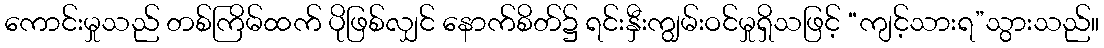
ကောင်းမှုသည် တစ်ကြိမ်ထက် ပိုဖြစ်လျှင် နောက်စိတ်၌ ရင်းနှီးကျွမ်းဝင်မှုရှိသဖြင့် “ကျင့်သားရ”သွားသည်။